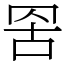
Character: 𮊁